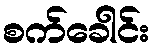
စက်ခေါင်း